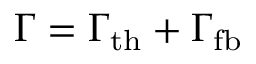
\Gamma = \Gamma _ { \mathrm { t h } } + \Gamma _ { \mathrm { f b } }